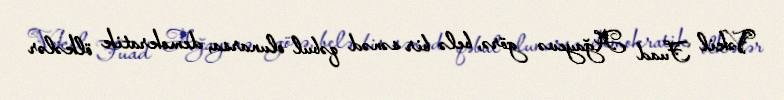
Vəkil Fuad Ağayevə görə, belə bir sənəd qəbul olunarsa, demokratik ölkələr